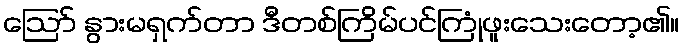
ဪ နွားမရှက်တာ ဒီတစ်ကြိမ်ပင်ကြုံဖူးသေးတော့၏။